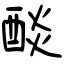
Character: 醈